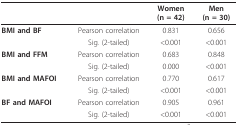
|  |  | Women (n = 42) | Men (n = 30) |
 | --- | --- | --- | --- |
 | BMI and BF | Pearson correlation | 0.831 | 0.656 |
 |  | Sig. (2-tailed) | <0.001 | <0.001 |
 | BMI and FFM | Pearson correlation | 0.683 | 0.848 |
 |  | Sig. (2-tailed) | 0.000 | <0.001 |
 | BMI and MAFOI | Pearson correlation | 0.770 | 0.617 |
 |  | Sig. (2-tailed) | <0.001 | <0.001 |
 | BF and MAFOI | Pearson correlation | 0.905 | 0.961 |
 |  | Sig. (2-tailed) | <0.001 | <0.001 |